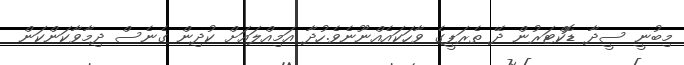
މިބުނީ ސީދާ ޑޮކްޓަރުން ދޭ ތެރަޕީގެ ވާހަކައެއްނޫނެވެ.ހުދާ އަމިއްލައަށް ކުދިން ގެނެސް ދިމާވާކަންކަން